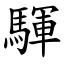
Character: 䮝